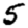
Digit: 5